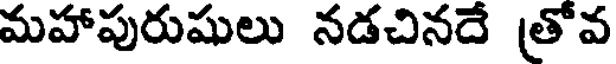
మహాపురుషులు నడచినదే త్రోవ